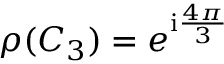
\rho ( C _ { 3 } ) = e ^ { \mathrm { i } \frac { 4 \pi } { 3 } }